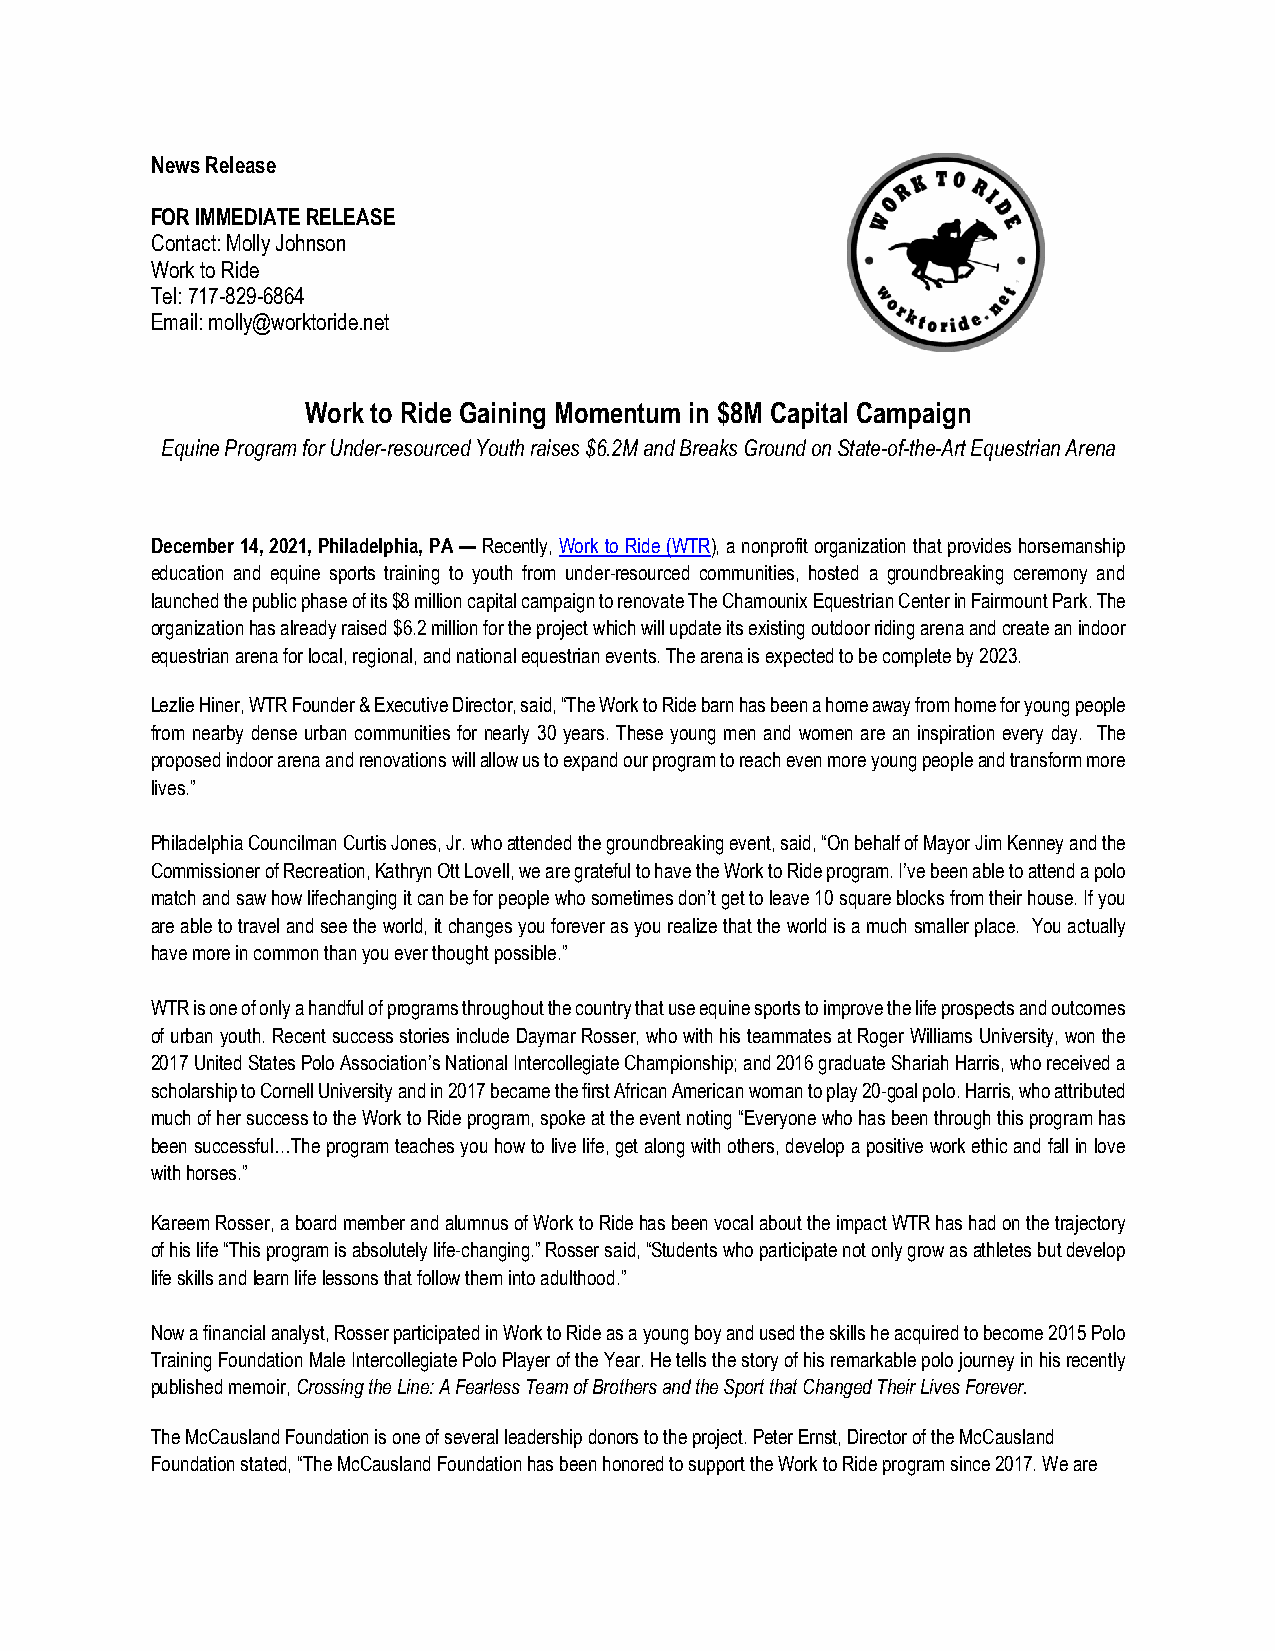
News Release
 FOR IMMEDIATE RELEASE
 Contact: Molly Johnson
 Work to Ride
 Tel: 717-829-6864
 Email: molly@worktoride.net
 Work to Ride Gaining Momentum in $8M Capital Campaign
 Equine Program for Under-resourced Youth raises $6.2M and Breaks Ground on State-of-the-Art Equestrian Arena
 December 14, 2021, Philadelphia, PA — Recently, Work to Ride (WTR), a nonprofit organization that provides horsemanship
 education and equine sports training to youth from under-resourced communities, hosted a groundbreaking ceremony and
 launched the public phase of its $8 million capital campaign to renovate The Chamounix Equestrian Center in Fairmount Park. The
 organization has already raised $6.2 million for the project which will update its existing outdoor riding arena and create an indoor
 equestrian arena for local, regional, and national equestrian events. The arena is expected to be complete by 2023.
 Lezlie Hiner, WTR Founder & Executive Director, said, “The Work to Ride barn has been a home away from home for young people
 from nearby dense urban communities for nearly 30 years. These young men and women are an inspiration every day. The
 proposed indoor arena and renovations will allow us to expand our program to reach even more young people and transform more
 lives.”
 Philadelphia Councilman Curtis Jones, Jr. who attended the groundbreaking event, said, “On behalf of Mayor Jim Kenney and the
 Commissioner of Recreation, Kathryn Ott Lovell, we are grateful to have the Work to Ride program. I’ve been able to attend a polo
 match and saw how lifechanging it can be for people who sometimes don’t get to leave 10 square blocks from their house. If you
 are able to travel and see the world, it changes you forever as you realize that the world is a much smaller place. You actually
 have more in common than you ever thought possible.”
 WTR is one of only a handful of programs throughout the country that use equine sports to improve the life prospects and outcomes
 of urban youth. Recent success stories include Daymar Rosser, who with his teammates at Roger Williams University, won the
 2017 United States Polo Association’s National Intercollegiate Championship; and 2016 graduate Shariah Harris, who received a
 scholarship to Cornell University and in 2017 became the first African American woman to play 20-goal polo. Harris, who attributed
 much of her success to the Work to Ride program, spoke at the event noting “Everyone who has been through this program has
 been successful…The program teaches you how to live life, get along with others, develop a positive work ethic and fall in love
 with horses.”
 Kareem Rosser, a board member and alumnus of Work to Ride has been vocal about the impact WTR has had on the trajectory
 of his life “This program is absolutely life-changing.” Rosser said, “Students who participate not only grow as athletes but develop
 life skills and learn life lessons that follow them into adulthood.”
 Now a financial analyst, Rosser participated in Work to Ride as a young boy and used the skills he acquired to become 2015 Polo
 Training Foundation Male Intercollegiate Polo Player of the Year. He tells the story of his remarkable polo journey in his recently
 published memoir, Crossing the Line: A Fearless Team of Brothers and the Sport that Changed Their Lives Forever.
 The McCausland Foundation is one of several leadership donors to the project. Peter Ernst, Director of the McCausland
 Foundation stated, “The McCausland Foundation has been honored to support the Work to Ride program since 2017. We are